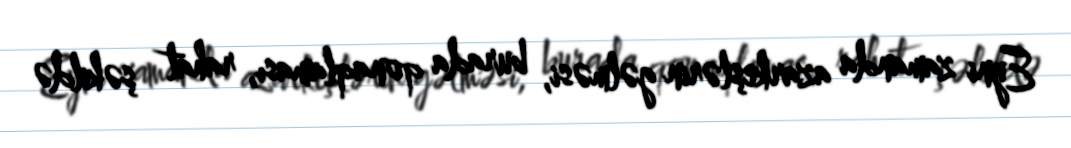
Eyni zamanda azarkeşlərin gəlməsi, burada qonaqlaması, rahat şəkildə